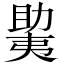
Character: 𫯲